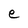
Character: e